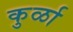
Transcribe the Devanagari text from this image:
कुर्ळा